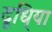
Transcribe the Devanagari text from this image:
दूधि्या